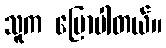
သူက ပြောပါတယ်။